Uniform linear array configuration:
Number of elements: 8
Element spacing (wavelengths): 0.5
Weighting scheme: cosine
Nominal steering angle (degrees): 45
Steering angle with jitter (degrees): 46.625
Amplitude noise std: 0.05
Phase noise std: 0.05

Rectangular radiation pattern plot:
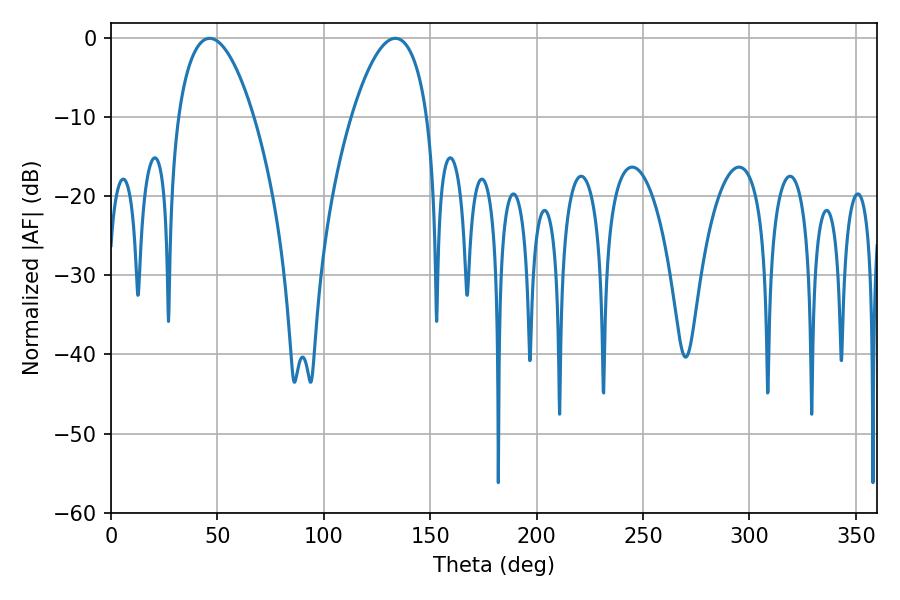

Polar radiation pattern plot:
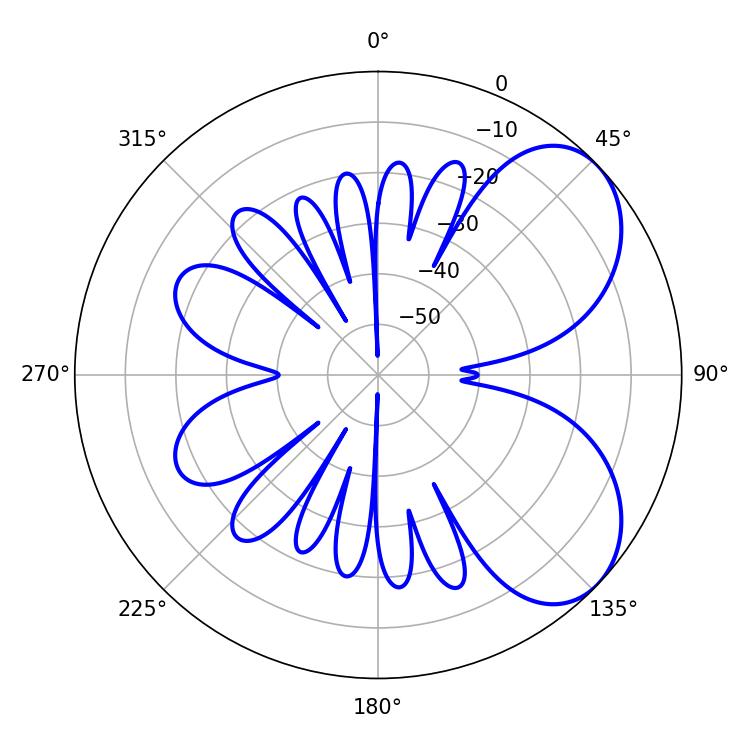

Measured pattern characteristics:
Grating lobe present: FALSE
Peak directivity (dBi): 5.795
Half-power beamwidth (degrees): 19.8
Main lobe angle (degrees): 46.44